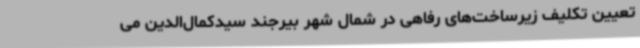
تعیین تکلیف زیرساخت‌های رفاهی در شمال شهر بیرجند سیدکمال‌الدین می